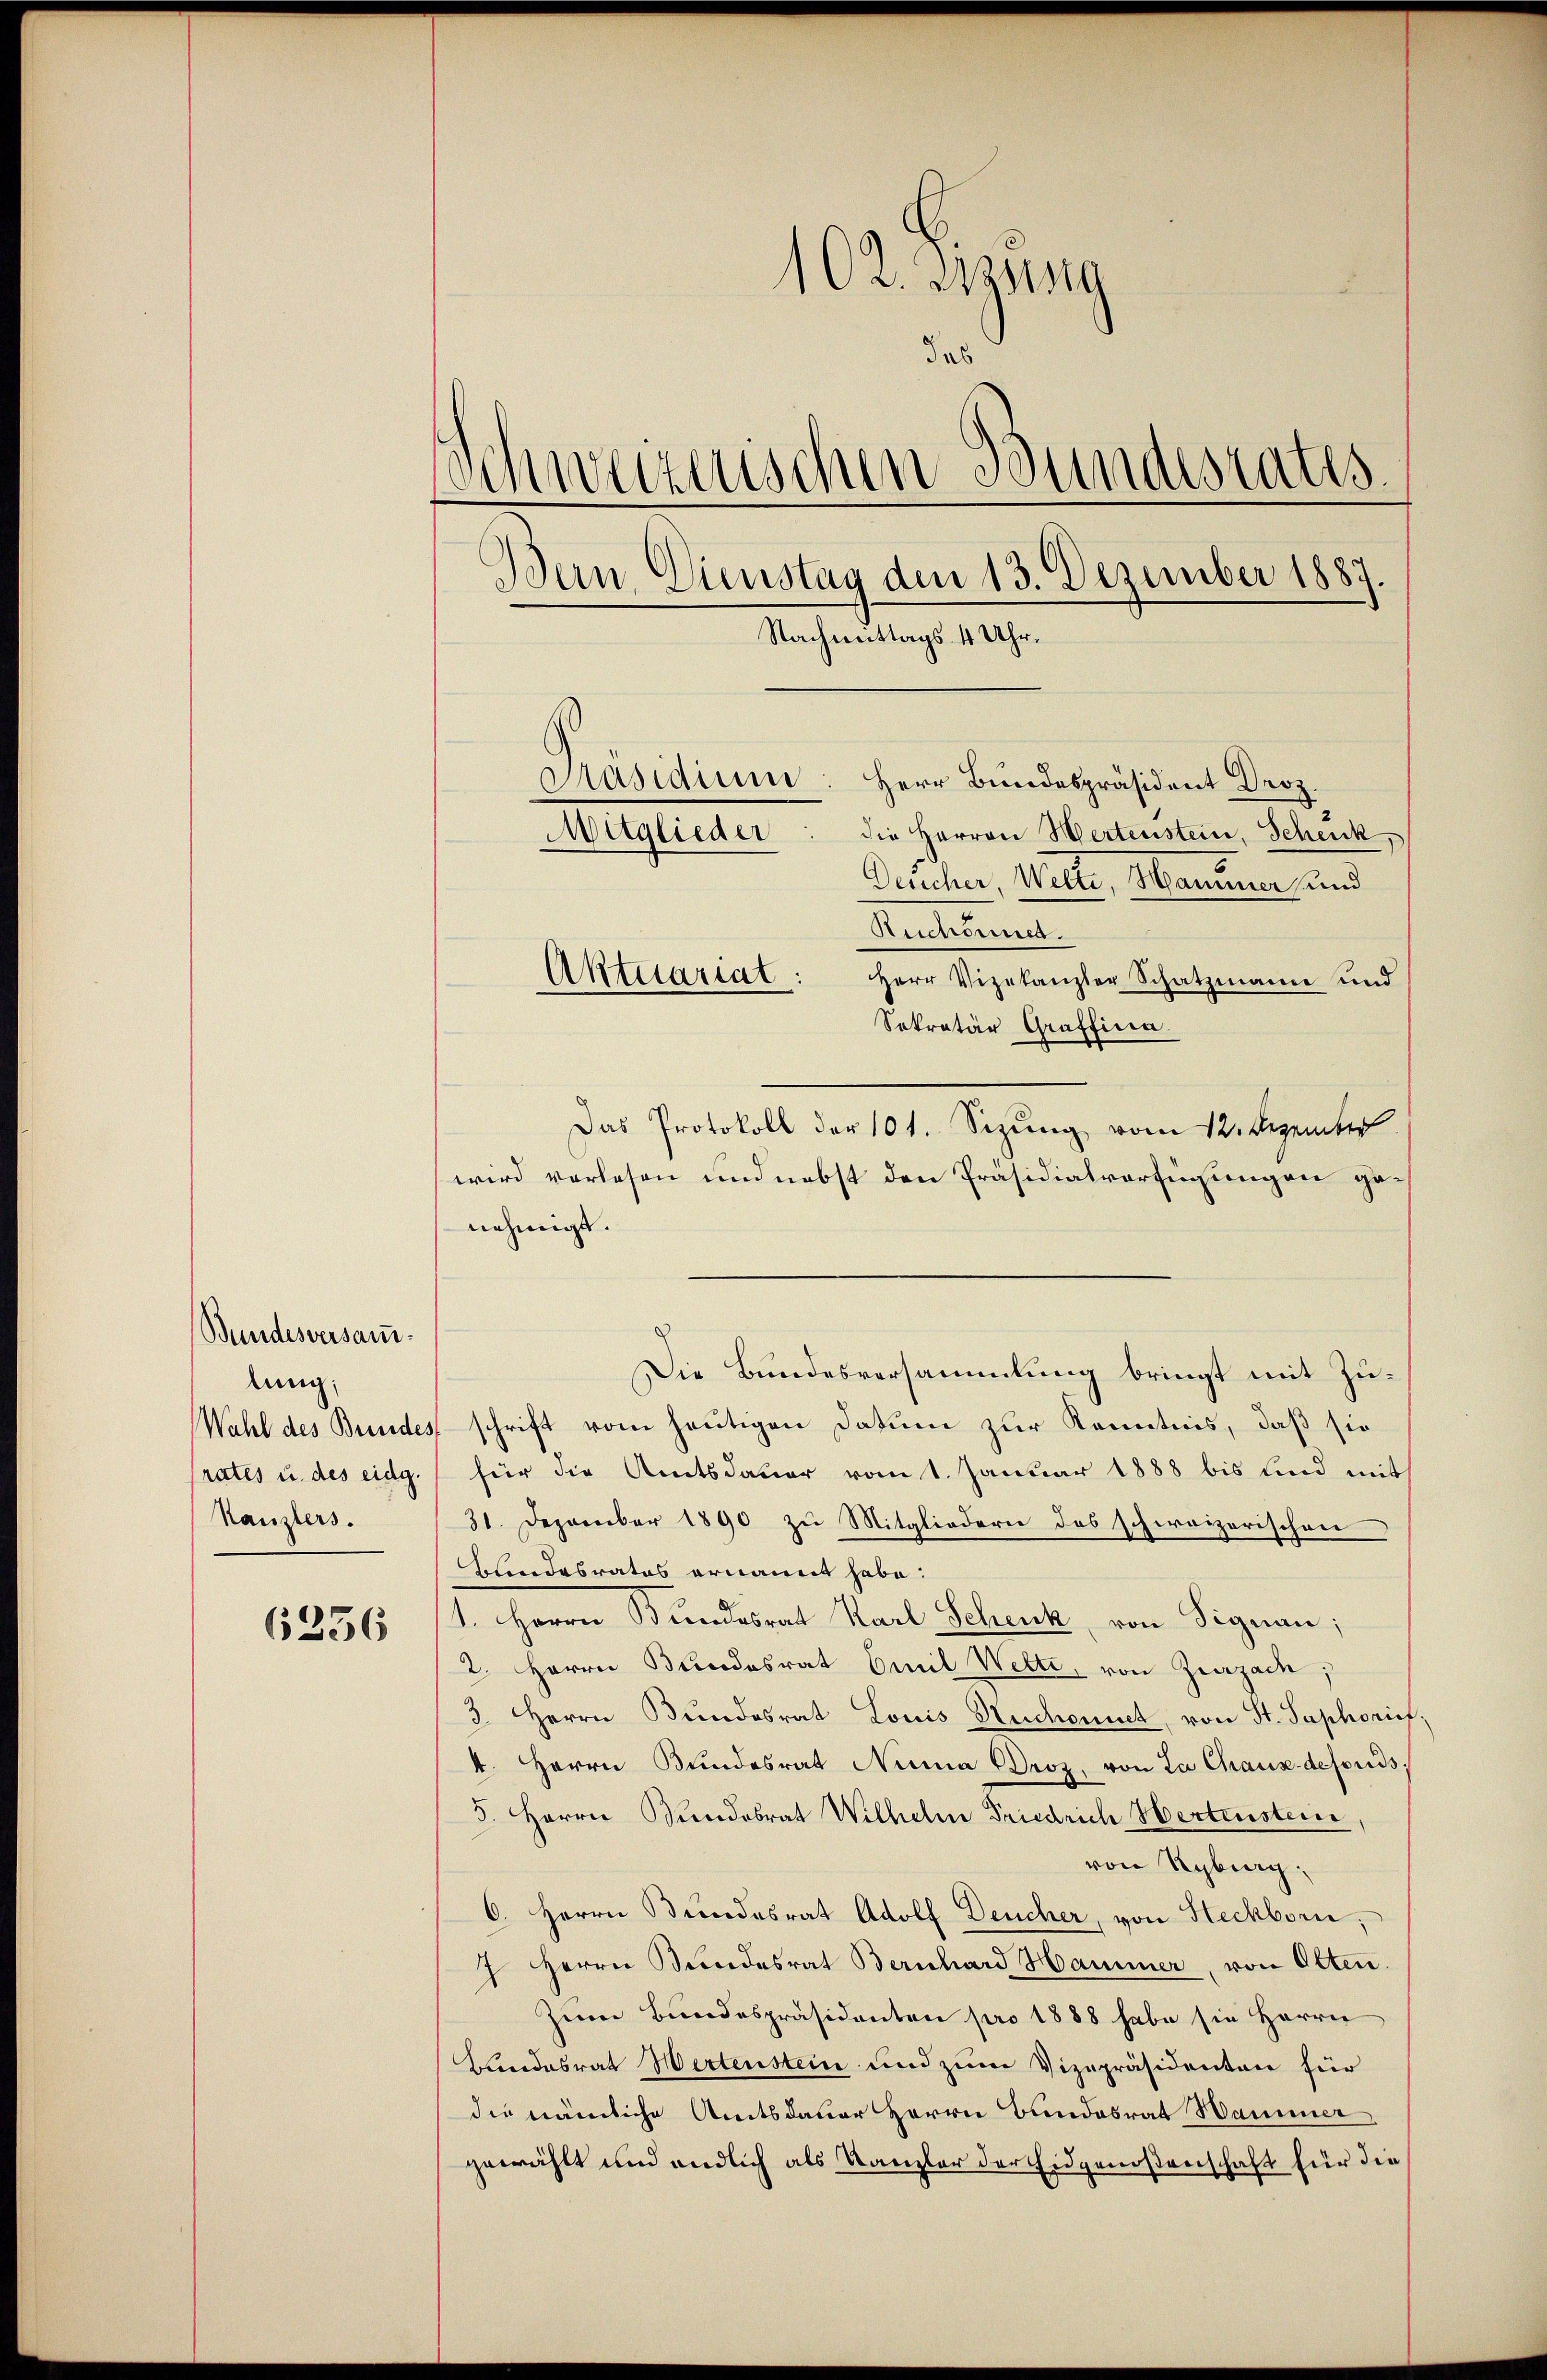
Bundesversam.
lung,
Wahl des Beredes
rates u. des eidg.
Kanzlers.

6256

102. Jung
das
Schweizerischen Bundesrates
Wein Dienstag den 13. Dezember 1887
Nachmittags 4 Uhr.
Präsidium: Herr Bundespräsident Droz.
die Herren Wertenstein, Schenk,
Mitglieder
Deucher, Welte, Manumer und
Reichsmes.

Aktuariat: Herr Vizekanzler Schatzmann und
Sekretär Graffina
Das Protokoll der 101. Sizung vom 12. Dezember
wird verlesen und nebst den Präsidialverfügungen genehmigt.
Die Bundesversammlung bringt mit Zuschrift vom heutigen Datum zur Kenntnis, daß sie
für die Amtsdauer vom 1. Januar 1888 bis und mit
31. Dezember 1890 zu Mitgliedern des schweizerischen
Blindesrates ernannt habe:
1. Herrn Bundesrat Karl Schenk, von Signau;
2. Herrn Bundesrat Emil Welti, von Zurzade;
3. Herrn Bundesrat Louis Ruchonet, von St. Saphorief,
4. Herrn Bŭndesrat Nina Droz. von La Chaux-defonds
5. Herrn Bundesrat Wilhelm Friedrich Hertenstein,
von Kyburg,
6. Herrn Bundesrat Adolf Deucher, von Heckborn,
7 Herrn Bundesrat Bernhard Hammer, von Otten.
Zum Bundespräsidenten pro 1888 habe sie Herrn
Bundesrat Wertenstein und zum Vizepräsidenten für
die nämliche Amtsdauer Herrn Bundesrat Hammer
gewählt und endlich als Kanzler der Eidgenoßenschaft für die